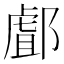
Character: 䣜